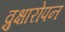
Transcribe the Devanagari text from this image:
व्रुक्षारोपन